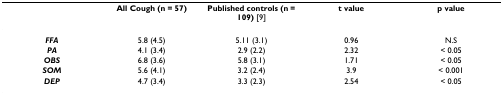
<table><thead><tr><td></td><td><b>All Cough (n = 57)</b></td><td><b>Published controls (n = 109) [9]</b></td><td><b>t value</b></td><td><b>p value</b></td></tr></thead><tbody><tr><td><b><i>FFA</i></b></td><td>5.8 (4.5)</td><td>5.11 (3.1)</td><td>0.96</td><td>N.S</td></tr><tr><td><b><i>PA</i></b></td><td>4.1 (3.4)</td><td>2.9 (2.2)</td><td>2.32</td><td>&lt; 0.05</td></tr><tr><td><b><i>OBS</i></b></td><td>6.8 (3.6)</td><td>5.8 (3.1)</td><td>1.71</td><td>&lt; 0.05</td></tr><tr><td><b><i>SOM</i></b></td><td>5.6 (4.1)</td><td>3.2 (2.4)</td><td>3.9</td><td>&lt; 0.001</td></tr><tr><td><b><i>DEP</i></b></td><td>4.7 (3.4)</td><td>3.3 (2.3)</td><td>2.54</td><td>&lt; 0.05</td></tr></tbody></table>